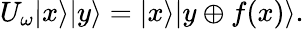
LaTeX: U_{\omega}|x\rangle|y\rangle=|x\rangle|y\oplus f(x)\rangle.